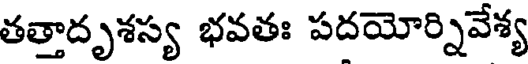
తత్తాదృశస్య భవతః పదయోర్నివేశ్య